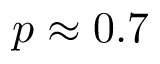
p \approx 0 . 7